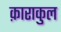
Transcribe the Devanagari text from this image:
क़ाराकुल